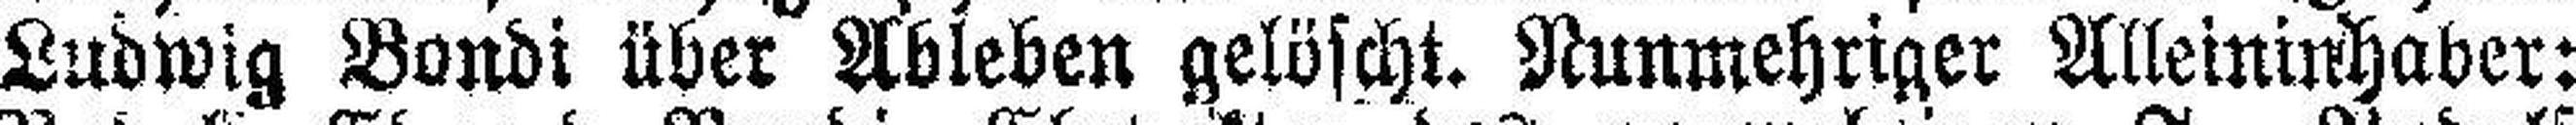
Ludwig Bondi über Ableben gelöscht. Nunmehriger Alleininhaber: